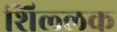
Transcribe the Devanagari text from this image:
शिल्‍लक